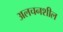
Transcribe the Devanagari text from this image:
अलचनशील